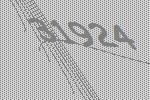
31924